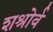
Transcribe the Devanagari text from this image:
शश्रोर्व